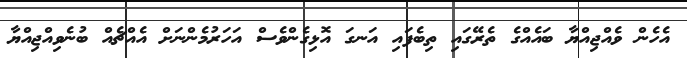
އެހެން ވެއްޖިއްޔާ ބައެއްގެ ތެރޭގައި ތިބެފައި އަނގަ އޮޅިގެންވެސް އަހަރުމެންނަށް އެއްޗެއް ބުނެވިއްޖިއްޔާ